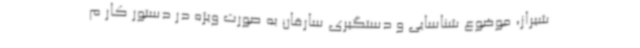
شیراز، موضوع شناسایی و دستگیری سارقان به صورت ویژه در دستور کار م